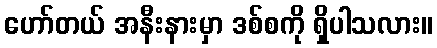
ဟော်တယ် အနီးနားမှာ ဒစ်စကို ရှိပါသလား။